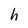
Character: h